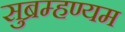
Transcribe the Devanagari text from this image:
सुब्रम्हण्यम